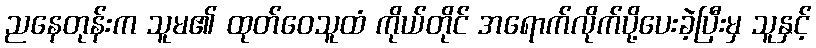
ညနေတုန်းက သူမ၏ ထုတ်ဝေသူထံ ကိုယ်တိုင် အရောက်လိုက်ပို့ပေးခဲ့ပြီးမှ သူနှင့်